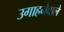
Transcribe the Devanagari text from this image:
उगाहनेवाले